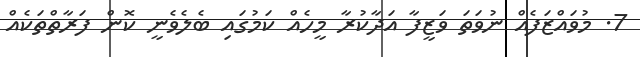
7. މުވައްޒަފެއް ނުވަތަ ވަޒީފާ އަދާކުރާ މީހެއް ކަމުގައި ބެލެވެނީ ކޮން ފަރާތްތަކެއް